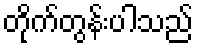
တိုက်တွန်းပါသည်